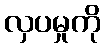
လှပမှုကို